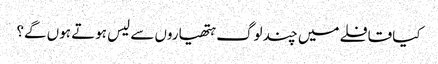
کیا قافلے میں چند لوگ ہتھیاروں سے لیس ہوتے ہوں گے؟